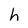
Character: h